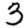
Digit: 3